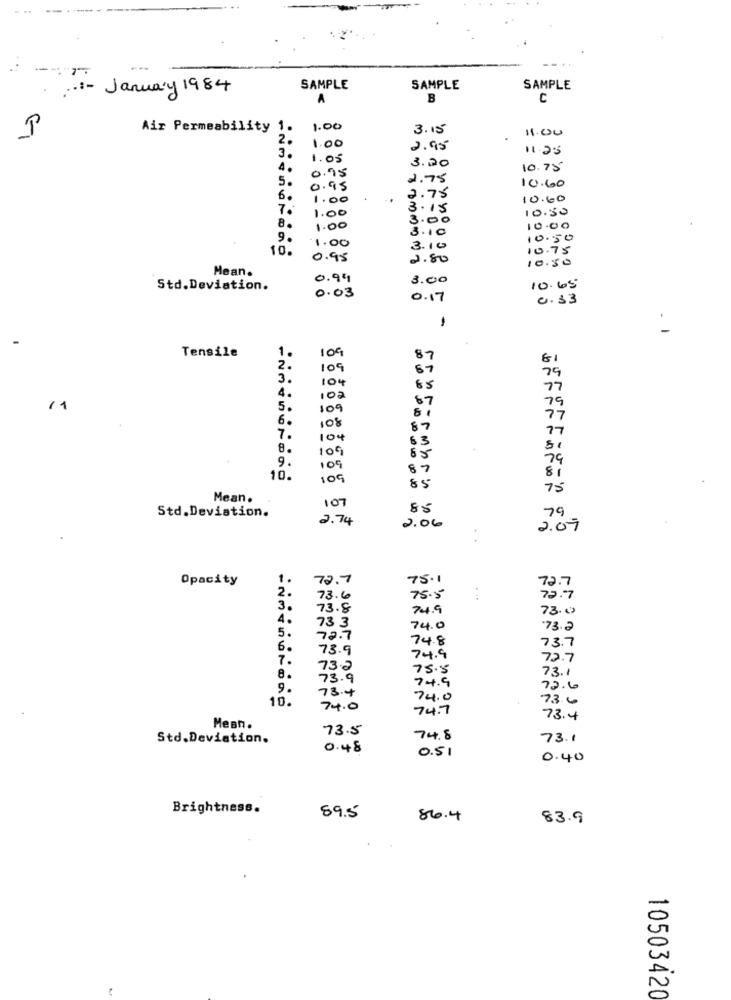
..:- January 1984
SAMPLE
SAMPLE
SAMPLE
A
B
Air Permeability 1
1.00
3.15
11:00
2.
Se-11
1.00
2.95
3.
1.05
3.20
4.
0.95
10.75
5.
2.75
0.95
10.60
6.
1.00
2.75
10.60
7.
1.00
3.15
10.50
3.00
8.
1.00
3.10
10.00
9.
1.00
10.50
10.
3.10
10.75
0.95
2.80
10.50
Mean.
0.99
3.00
Std. Deviation.
0.03
10.65
0.17
0.33
-
1.
109
Tensile
87
2.
109
3 .
104
79
4.
65
77
87
5.
109
79
6.
77
10%
87
77
7.
104
63
8.
109
Si
9.
79
109
87
10.
109
85
81
75
Mean.
107
85
Std. Deviation.
2.74
79
2.06
2.07
Opacity
1.
72.7
75.1
72.7
2.
73.6
75.5
72.7
3.
73.8
74.9
73.0
4.
73 3
74.0
"73.2
5.
72.7
74.8
73.7
6.
73.9
7.
74.9
72.7
73.2
75.5
73.1
8.
73.9
74.9
9.
73.4
72.6
10.
74.0
73.6
74.0
74.7
73.4
Mean.
73.5
Std.Deviation.
74.8
73.1
0.48
0.51
0.40
Brightness.
89.5
86.4
83.9
A
N
10503420